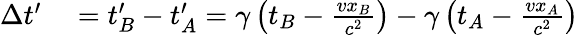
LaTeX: \begin{array}{rl}{\Delta t^{\prime}}&{{}=t_{B}^{\prime}-t_{A}^{\prime}=\gamma\left(t_{B}-{\frac{vx_{B}}{c^{2}}}\right)-\gamma\left(t_{A}-{\frac{vx_{A}}{c^{2}}}\right)}\end{array}